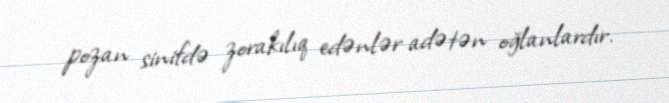
pozan sinifdə zorakılıq edənlər adətən oğlanlardır.